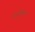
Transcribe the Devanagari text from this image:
फार्मूलीकरण